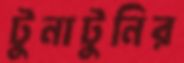
টুনাটুনির